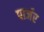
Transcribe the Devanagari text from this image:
पार्जर